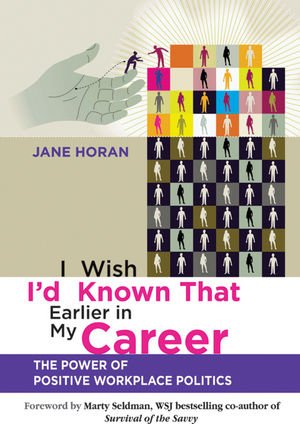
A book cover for I Wish I'd Known That Earlier in My Career: The Power of Positive Workplace Politics; Jane Horan; Business & Money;